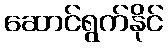
ဆောင်ရွက်နိုင်